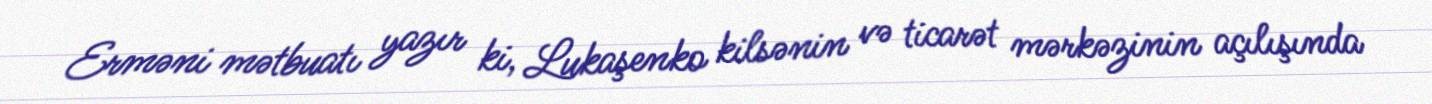
Erməni mətbuatı yazır ki, Lukaşenko kilsənin və ticarət mərkəzinin açılışında